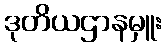
ဒုတိယဌာနမှူး